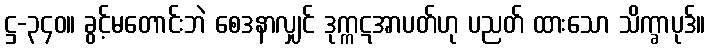
ဋ္ဌ-၃၄၀။ ခွင့်မတောင်းဘဲ စေဒနာလျှင် ဒုက္ကဋအာပတ်ဟု ပညတ် ထားသော သိက္ခာပုဒ်။